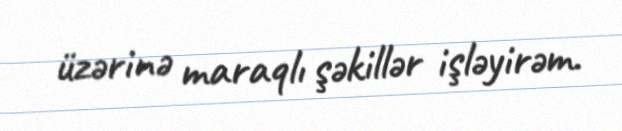
üzərinə maraqlı şəkillər işləyirəm.